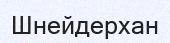
Шнейдерхан